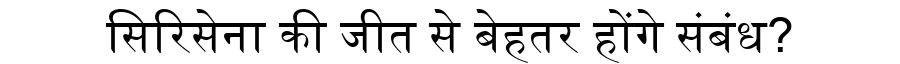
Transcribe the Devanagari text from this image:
सिरिसेना की जीत से बेहतर होंगे संबंध?